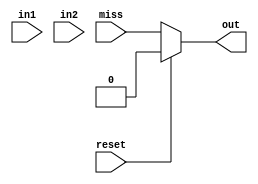
module missRegister(input reset,input [23:0] in1, input [2:0] in2, input miss, output reg out);
	always@(in1,in2,reset)
		begin
		  if(reset)
		    out=1'b0;
		  else
		    out=miss;
		end
endmodule